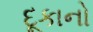
દૂકાનો